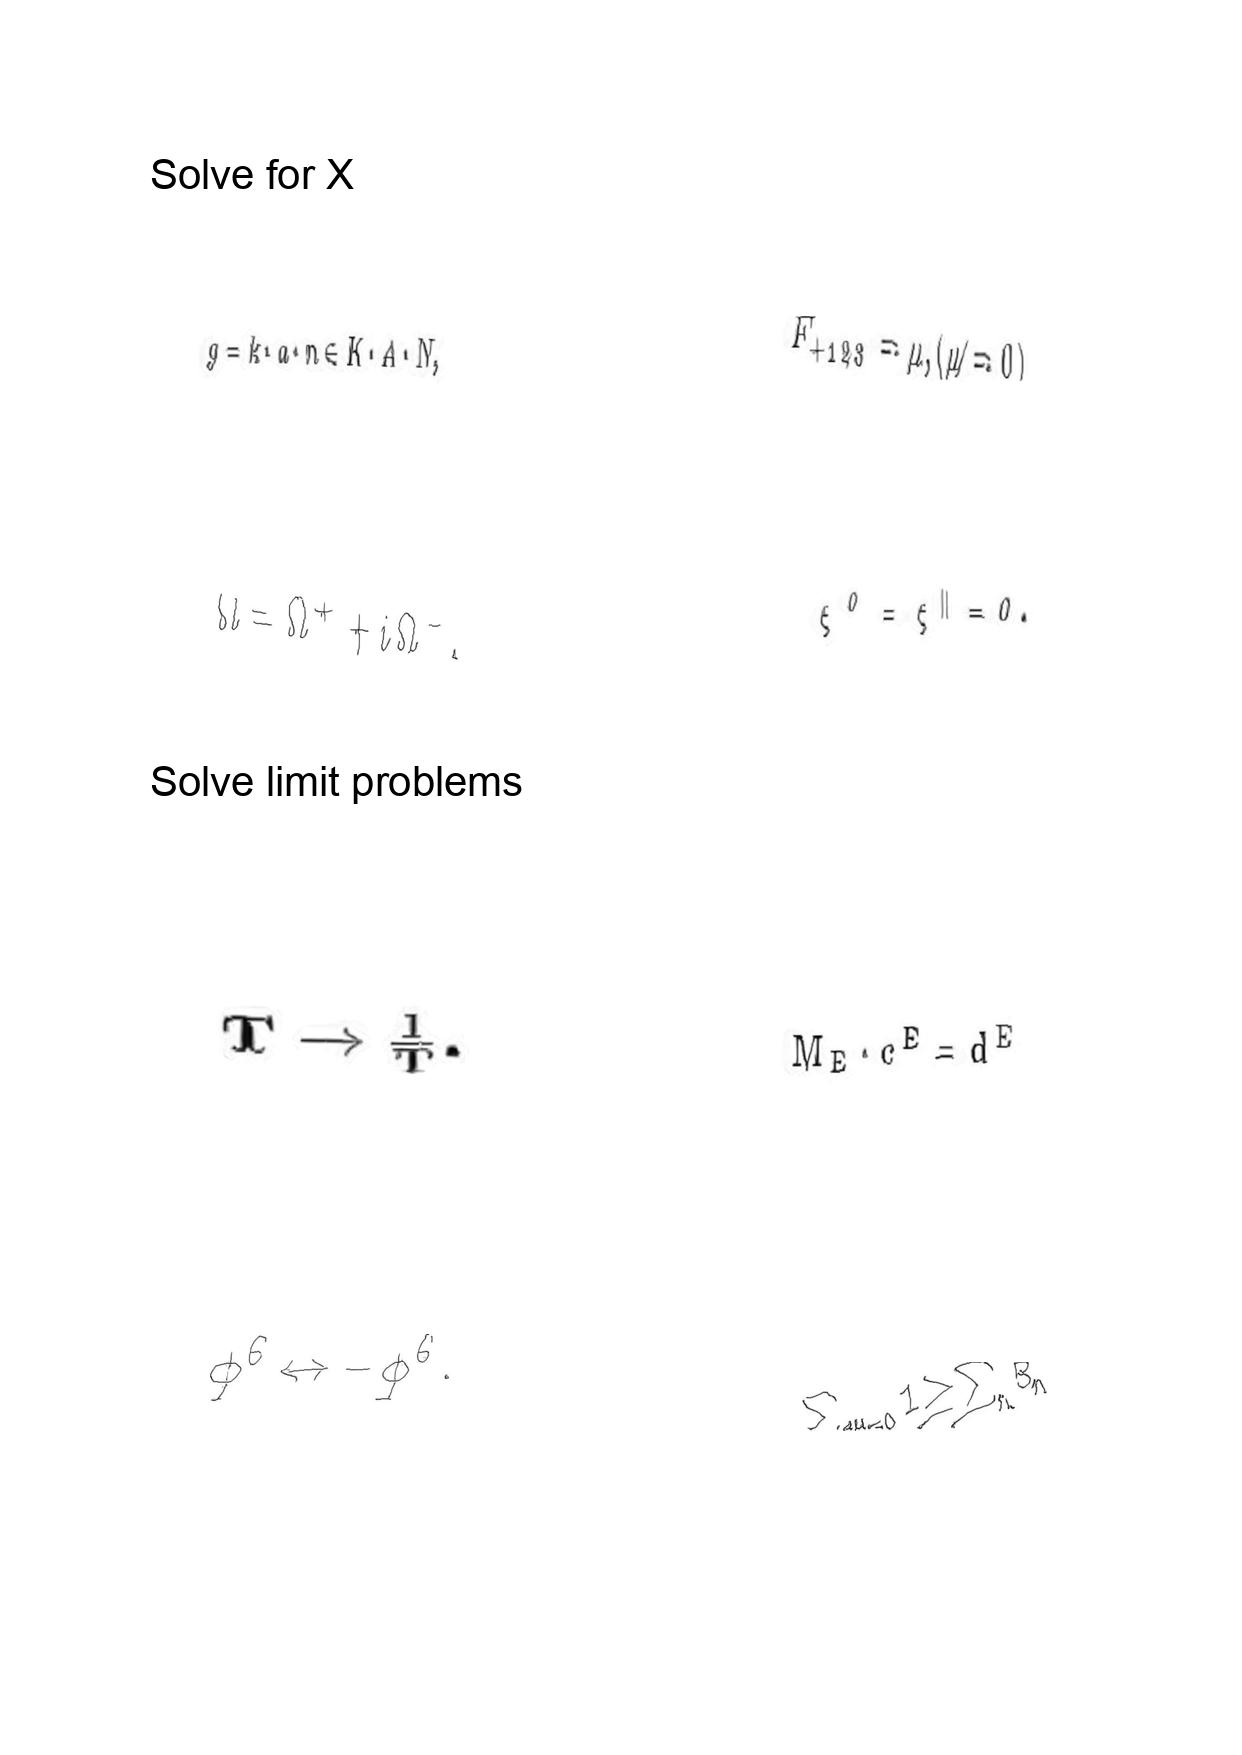
LaTeX transcription:
g = k \cdot a \cdot n \in K \cdot A \cdot N ,
\Omega = \Omega ^ { + } + i \Omega ^ { - } ,
T \rightarrow \frac { 1 } { T } .
\phi ^ { 6 } \leftrightarrow - \phi ^ { 6 } .
F _ { + 1 2 3 } = \mu , \lparen \mu \neq 0 \rparen
\xi ^ { 0 } = \xi ^ { \parallel } = 0 .
M _ { E } \cdot c ^ { E } = d ^ { E }
\sum _ { d H = 0 } 1 \geq \sum _ { n } B _ { n }